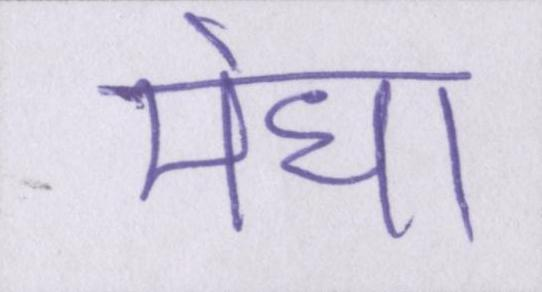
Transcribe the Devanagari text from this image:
मेधा